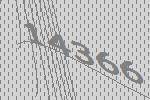
14366